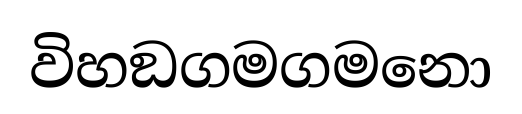
විහඞගමගමනො